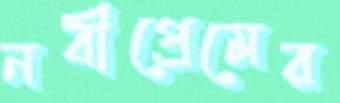
নবীপ্রেমের